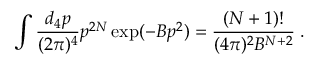
\int \frac { d _ { 4 } p } { ( 2 \pi ) ^ { 4 } } p ^ { 2 N } \exp ( - B p ^ { 2 } ) = \frac { ( N + 1 ) ! } { ( 4 \pi ) ^ { 2 } B ^ { N + 2 } } \; .